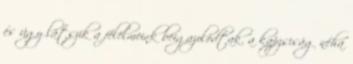
és úgy látszik a félelmeink beigazolódtak. a kapzsiság néha